Lunatic asylums in Bengal annual reports 1888-1898 - 1888-1898
Year: 1888
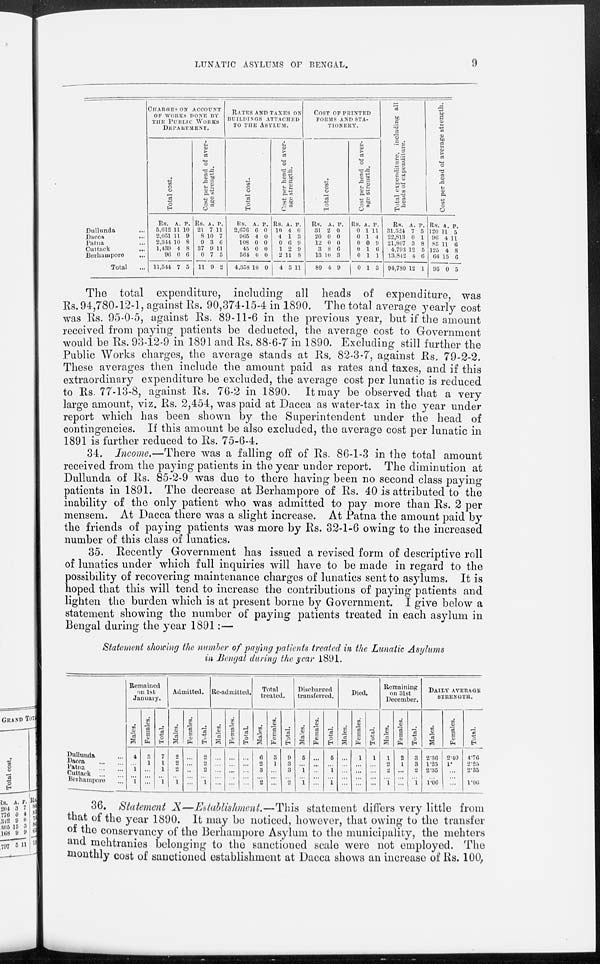
LUNATIC ASYLUMS OF BENGAL.
9
Dullunda ...
Dacca ...
Patna ...
Cuttack ...
Berhampore ...
Total ...
CHARGES ON ACCOUNT
OF WORKS DONE BY
THE PUBLIC
WORKS
DEPARTMENT.
Total cost.
Rs.
5,612
2,051
2,344
1,439
96
11,544
A.
11
11
10
4
0
7
P.
10
9
8
8
6
5
Cost per head of aver-
age strength.
Rs.
21
8
9
37
0
11
A.
7
10
3
9
7
9
P.
11
7
6
11
5
2
RATES AND TAXES ON
BULIDINGS ATTACHED
TO THE ASYLUM.
Total cost.
Rs.
2,676
905
108
45
564
4,358
A.
6
1
0
0
0
10
P.
0
0
0
0
0
0
Cost per head of aver-
age strength.
Rs.
10
4
0
1
2
4
A.
4
1
6
2
11
5
P.
0
3
9
9
8
11
COST OF PRINTED
FORMS AND STA-
TIONERY.
Total cost.
Rs.
31
20
12
3
13
80
A.
2
0
0
8
10
4
P.
0
0
0
6
3
9
Cost per head of aver-
age strength.
Rs.
0
0
0
0
0
0
A.
1
1
0
1
1
1
P.
11
4
9
6
1
3
Total expenditure, including all.
heads of expenditure.
Rs.
31,524
22,813
21,807
4,793
13,842
94,780
A.
7
0
3
12
4
12
P.
5
1
8
5
6
1
Cost per head of average strength.
Rs.
120
96
85
125
66
95
A.
11
4
11
4
15
0
P.
5
11
6
8
6
5
The total expenditure, including all heads of expenditure, was
Rs. 94,780-12-1, against Rs. 90,374-15-4 in 1890. The total average yearly cost
was Rs. 95-0-5, against Rs. 89-11-6 in the previous year, but if the amount
received from paying patients be deducted, the average cost to Government
would be Rs. 93-12-9 in 1891 and Rs. 88-6-7 in 1890. Excluding still further the
Public Works charges, the average stands at Rs. 82-3-7, against Rs. 79-2-2.
These averages then include the amount paid as rates and taxes, and if this
extraordinary expenditure be excluded, the average cost per lunatic is reduced
to Rs. 77-13-8, against Rs. 76-2 in 1890. It may be observed that a very
large amount, viz. Rs. 2,454, was paid at Dacca as water-tax in the year under
report which has been shown by the Superintendent under the head of
contingencies. If this amount be also excluded, the average cost per lunatic in
1891 is further reduced to Rs. 75-6-4.
34. Income.—There was a falling off of Rs. 86-1-3 in the total amount
received from the paying patients in the year under report. The diminution at
Dullunda of Rs. 85-2-9 was due to there having been no second class paying
patients in 1891. The decrease at Berhampore of Rs. 40 is attributed to the
inability of the only patient who was admitted to pay more than Rs. 2 per
mensem. At Dacca there was a slight increase. At Patna the amount paid by
the friends of paying patients was more by Rs. 32-1-6 owing to the increased
number of this class of lunatics.
35. Recently Government has issued a revised form of descriptive roll
of lunatics under which full inquiries will have to be made in regard to the
possibility of recovering maintenance charges of lunatics sent to asylums. It is
hoped that this will tend to increase the contributions of paying patients and
lighten the burden which is at present borne by Government. I give below a
statement showing the number of paying patients treated in each asylum in
Bengal during the year 1891:—
Statement showing the number of paying patients treated in the Lunatic Asylums
in Bengal during the year 1891.
Dullunda ...
Dacca
...
...
Patna ... ...
Cuttack ... ...
Berhampore ...
Remained
on 1st
January.
Males.
4
... 1
... 1
Females.
3
1
...
... ...
Total.
7
1
1
... 1
Admitted.
Males.
2
2
2
... 1
Females.
...
...
...
... ...
Total.
2
2
2
... 1
Re-admitted.
Males.
...
...
...
...
...
Females.
...
...
...
...
...
Total.
...
...
...
...
...
Total
treated.
Males.
6
2
3
... 2
Females.
3
1
...
... ...
Total.
9
3
3
... 2
Discharged
transferred.
Males.
5
... 1
... 1
Females.
...
...
...
...
...
Total.
5
... 1
... 1
Died.
Males.
...
...
...
...
...
Females.
1
...
...
...
...
Total.
1
...
...
... ...
Remaining
on 31st
December.
Males.
1
2
2
... 1
Females.
2
1
...
... ...
Total.
3
3
2
... 1
DAILY AVERAGE
STRENGTH.
Males.
2.36
1.25
2.35
... 1.06
Females.
2.40
1.
...
...
...
Total.
4.76
2.25
2.35
... 1.06
36. Statement X—Establishment.—This
statement differs very little from
that of the year 1890. It may be noticed, however, that owing to the transfer
of the conservancy of the Berhampore Asylum to the municipality, the mehters
and mehtranies belonging to the sanctioned scale were not employed. The
monthly cost of sanctioned establishment at Dacca shows an increase of Rs. 100,